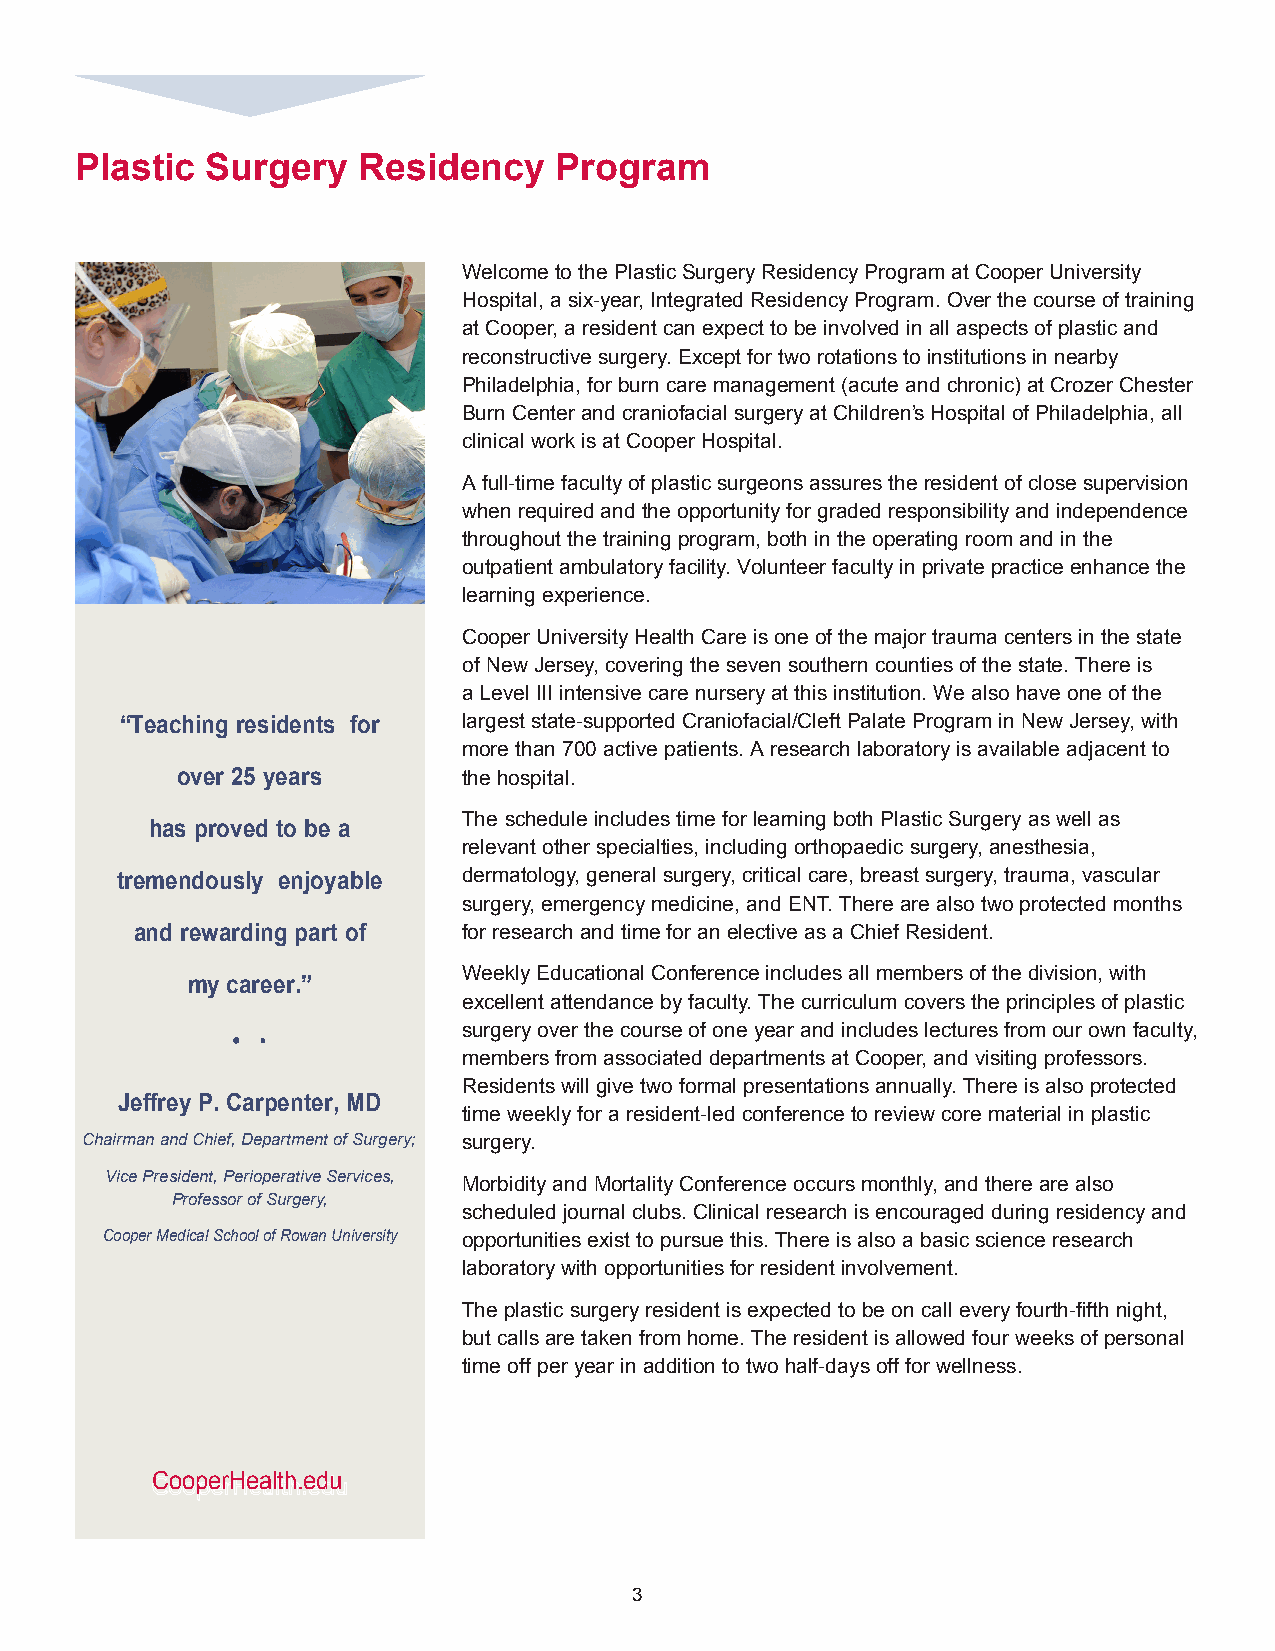
Plastic  Surgery   Residency    Program
 Welcome to the Plastic Surgery Residency Program at Cooper University
 Hospital, a six-year, Integrated Residency Program. Over the course of training
 at Cooper, a resident can expect to be involved in all aspects of plastic and
 reconstructive surgery. Except for two rotations to institutions in nearby
 Philadelphia, for burn care management (acute and chronic) at Crozer Chester
 Burn Center and craniofacial surgery at Children’s Hospital of Philadelphia, all
 clinical work is at Cooper Hospital.
 A full-time faculty of plastic surgeons assures the resident of close supervision
 when required and the opportunity for graded responsibility and independence
 throughout the training program, both in the operating room and in the
 outpatient ambulatory facility. Volunteer faculty in private practice enhance the
 learning experience.
 Cooper University Health Care is one of the major trauma centers in the state
 of New Jersey, covering the seven southern counties of the state. There is
 a Level III intensive care nursery at this institution. We also have one of the
 “Teaching residents for largest state-supported Craniofacial/Cleft Palate Program in New Jersey, with
 more than 700 active patients. A research laboratory is available adjacent to
 over 25 years      the hospital.
 The schedule includes time for learning both Plastic Surgery as well as
 has proved to be a
 relevant other specialties, including orthopaedic surgery, anesthesia,
 tremendously enjoyable dermatology, general surgery, critical care, breast surgery, trauma, vascular
 surgery, emergency medicine, and ENT. There are also two protected months
 and rewarding part of for research and time for an elective as a Chief Resident.
 Weekly Educational Conference includes all members of the division, with
 my career.”
 excellent attendance by faculty. The curriculum covers the principles of plastic
 surgery over the course of one year and includes lectures from our own faculty,
 • •
 members from associated departments at Cooper, and visiting professors.
 Residents will give two formal presentations annually. There is also protected
 Jeffrey P. Carpenter, MD
 time weekly for a resident-led conference to review core material in plastic
 Chairman and Chief, Department of Surgery; surgery.
 Vice President, Perioperative Services,
 Morbidity and Mortality Conference occurs monthly, and there are also
 Professor of Surgery,
 scheduled journal clubs. Clinical research is encouraged during residency and
 Cooper Medical School of Rowan University opportunities exist to pursue this. There is also a basic science research
 laboratory with opportunities for resident involvement.
 The plastic surgery resident is expected to be on call every fourth-fifth night,
 but calls are taken from home. The resident is allowed four weeks of personal
 time off per year in addition to two half-days off for wellness.
 CooperHealth.edu
 3